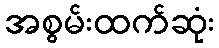
အစွမ်းထက်ဆုံး